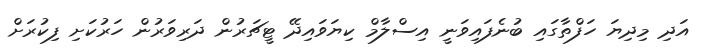
އަދި މިދިޔަ ހަފްތާގައި ބުނެފައިވަނީ އިސްލާމް ކިޔަވައިދޭ ޓީޗަރުން ދަރިވަރުން ހަރުކަށި ފިކުރަށް